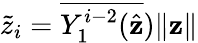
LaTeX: \widetilde{z}_{i}={\overline{{Y_{1}^{i-2}(\hat{\mathbf{z}}}})\| \mathbf{z}\| }